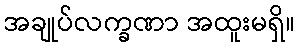
အချုပ်လက္ခဏာ အထူးမရှိ။